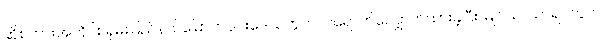
ဆိုစကားအတိုင်း ရှမ်းပြည်နယ်မြောက်ပိုင်းဒေသတွင် ဝင်ရောက်လျှောက်ထားခဲ့ပြီး မြိုင်သာယာရပ်ကွက်